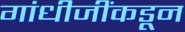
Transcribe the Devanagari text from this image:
गांधीजींकडून